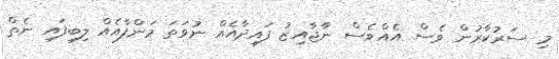
މި ސަރުކާރުން ވެސް އެއްވެސް ނާޖާއިޒު ފައިދާއެއް ނުވަތަ މަންފާއެއް ލިބިފައި ނެތް